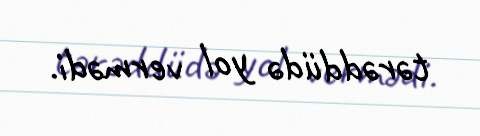
tərəddüdə yol vermədi.